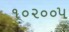
૧૦૨૦૦૫